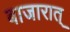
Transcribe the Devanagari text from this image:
बाजारात्‌